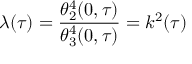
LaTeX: \lambda ( \tau ) = { \frac { \theta _ { 2 } ^ { 4 } ( 0 , \tau ) } { \theta _ { 3 } ^ { 4 } ( 0 , \tau ) } } = k ^ { 2 } ( \tau )